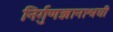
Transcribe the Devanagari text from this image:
निर्गुणज्ञानाश्रयी